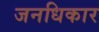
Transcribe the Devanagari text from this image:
जनधिकार